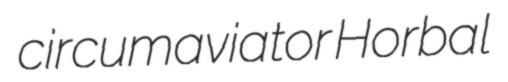
circumaviator Horbal